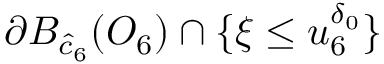
\partial B _ { \hat { c } _ { 6 } } ( O _ { 6 } ) \cap \{ \xi \leq u _ { 6 } ^ { \delta _ { 0 } } \}